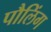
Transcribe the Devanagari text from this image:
पौलिंग